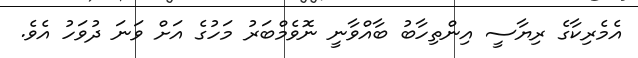
އެމެރިކާގެ ރިޔާސީ އިންތިހާބު ބާއްވާނީ ނޮވެމްބަރު މަހުގެ އަށް ވަނަ ދުވަހު އެވެ.